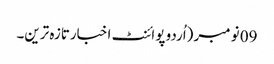
09 نومبر (اُردو پوائنٹ اخبارتازہ ترین۔